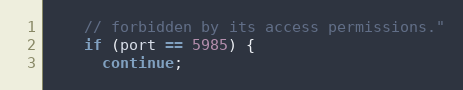
Language: C++
    // forbidden by its access permissions."
    if (port == 5985) {
      continue;